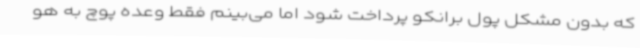
که بدون مشکل پول برانکو پرداخت شود اما می‌بینم فقط وعده پوچ به هو